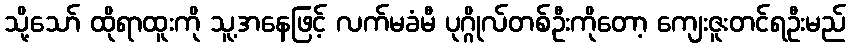
သို့သော် ထိုရာထူးကို သူ့အနေဖြင့် လက်မခံမီ ပုဂ္ဂိုလ်တစ်ဦးကိုတော့ ကျေးဇူးတင်ရဦးမည်